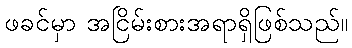
ဖခင်မှာ အငြိမ်းစားအရာရှိဖြစ်သည်။